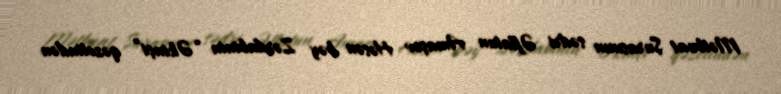
Mətbuat Şurasının sədri Əflatun Amaşov Həsən bəy Zərdabinin “Əkinçi” qəzetindən